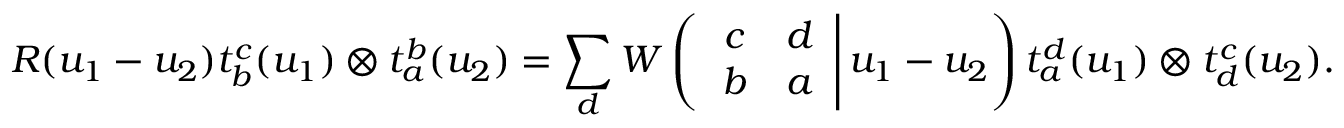
R ( u _ { 1 } - u _ { 2 } ) t _ { b } ^ { c } ( u _ { 1 } ) \otimes t _ { a } ^ { b } ( u _ { 2 } ) = \sum _ { d } W \left( \left. \begin{array} { c c } { { c } } & { { d } } \\ { { b } } & { { a } } \end{array} \right| u _ { 1 } - u _ { 2 } \right) t _ { a } ^ { d } ( u _ { 1 } ) \otimes t _ { d } ^ { c } ( u _ { 2 } ) .